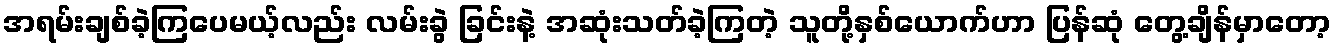
အရမ်းချစ်ခဲ့ကြပေမယ့်လည်း လမ်းခွဲ ခြင်းနဲ့ အဆုံးသတ်ခဲ့ကြတဲ့ သူတို့နှစ်ယောက်ဟာ ပြန်ဆုံ တွေ့ချိန်မှာတော့